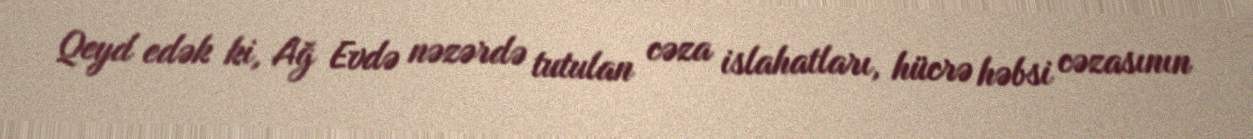
Qeyd edək ki, Ağ Evdə nəzərdə tutulan cəza islahatları, hücrə həbsi cəzasının